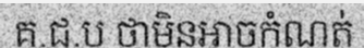
គ.ជ.ប ថាមិនអាចកំណត់